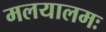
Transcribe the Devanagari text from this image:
मलयालमः